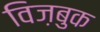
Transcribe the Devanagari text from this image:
विज़बुक